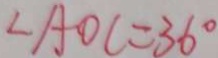
\angle A O C = 3 6 ^ { \circ }